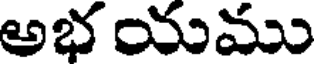
అభ యము